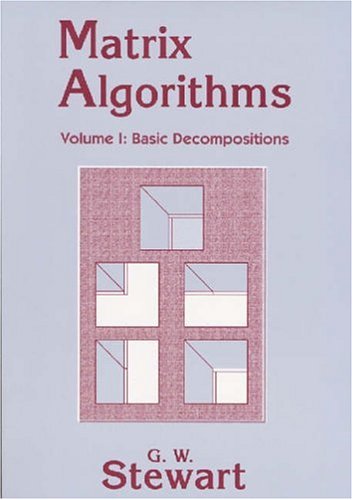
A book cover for Matrix Algorithms: Volume 1, Basic Decompositions; G. W. Stewart; Science & Math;